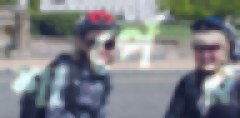
শার্পের